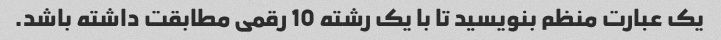
یک عبارت منظم بنویسید تا با یک رشته 10 رقمی مطابقت داشته باشد.